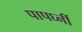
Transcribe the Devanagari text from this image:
पापघ्नीं